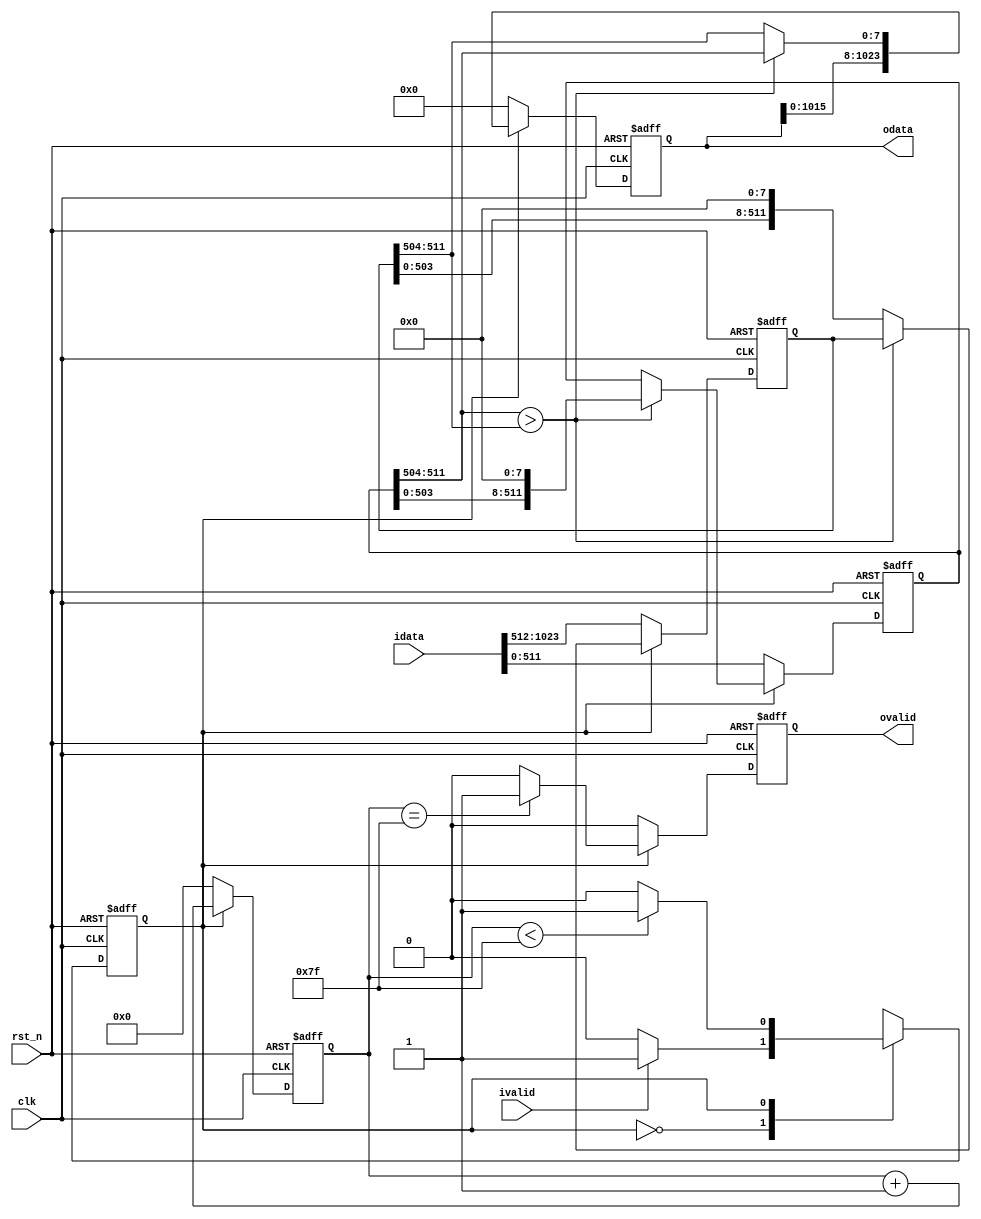
`timescale 1ns / 1ps
module level_7_gen #(
    parameter DATA_WIDTH=8
)(
    input clk,
    input rst_n,
    input [128*DATA_WIDTH-1:0] idata,
    input ivalid,
    output reg [128*DATA_WIDTH-1:0] odata,
    output reg ovalid
    );
    
    localparam S1 =1'b0;
    localparam S2 =1'b1;
    
    reg cs,ns;
    reg [64*DATA_WIDTH-1:0] buffer1,buffer2;
    reg [6:0] cnt;
    
    always@(posedge clk or negedge rst_n)begin
        if(!rst_n)
            cs <= S1;
        else
            cs <= ns;
    end
    
    always@(*)begin
        case(cs)
            S1:begin
                if(ivalid)
                    ns = S2;
                else
                    ns = S1;
            end
            S2:begin
                if(cnt<127)
                    ns = S2;
                else
                    ns = S1;
            end
        endcase
    end
    
    always@(posedge clk or negedge rst_n)begin
        if(!rst_n)begin
            odata <= 'd0;
            buffer1 <= 'd0;
            buffer2 <= 'd0;
            ovalid <= 'b0;
            cnt <= 'd0;
        end
        else if(cs == S1)begin
            odata <= 'd0;
            buffer1 <= idata[0*DATA_WIDTH+:64*DATA_WIDTH];
            buffer2 <= idata[64*DATA_WIDTH+:64*DATA_WIDTH];
            ovalid <= 'b0;
            cnt <= 'd0;
        end
        else begin
            if(cnt == 127)
                ovalid <= 'b1;
            else
                ovalid <= 'b0;
            cnt <= cnt + 1;
            if(buffer1[63*DATA_WIDTH+:DATA_WIDTH]>buffer2[63*DATA_WIDTH+:DATA_WIDTH])begin
                odata <= {odata[0+:127*DATA_WIDTH],buffer1[63*DATA_WIDTH+:DATA_WIDTH]};
                buffer1 <= buffer1 << DATA_WIDTH;
            end
            else begin
                odata <= {odata[0+:127*DATA_WIDTH],buffer2[63*DATA_WIDTH+:DATA_WIDTH]};
                buffer2 <= buffer2 << DATA_WIDTH;
            end
        end
    end
    
endmodule